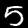
Label: 5